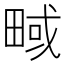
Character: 㽣